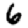
Digit: 6